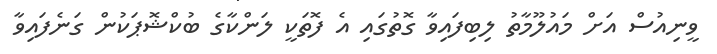
ވީނިއުސް އަށް މައުލޫމާތު ލިބިފައިވާ ގޮތުގައި އެ ފޮތަކީ ލަންކާގެ ބުކްޝޮޕަކުން ގަނެފައިވާ